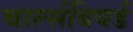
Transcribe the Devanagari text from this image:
चार्ल्सबियर्ड